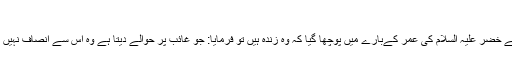
اہل تحقیق واہل علم کے اقوال اور ان کا اجماع
امام ابن قیما ابراہیم حربی  سے نقل کرتے ہیں کہ ان سے خضر علیہ السلام کی عمر کےبارے میں پوچھا گیا کہ وہ زندہ ہیں تو فرمایا: جو غائب پر حوالے دیتا ہے وہ اس سے انصاف نہیں کرتا اور یہ باتیں لوگوں میں شیطان کی پھیلائی ہوئی ہیں۔